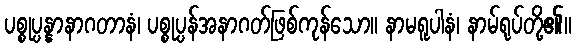
ပစ္စုပ္ပန္နာနာဂတာနံ၊ ပစ္စုပ္ပန်အနာဂတ်ဖြစ်ကုန်သော။ နာမရူပါနံ၊ နာမ်ရုပ်တို့၏။